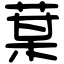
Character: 𦳑